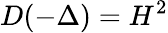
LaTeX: D(-\Delta)=H^{2}